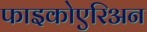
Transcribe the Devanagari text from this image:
फाइकोएरिअन